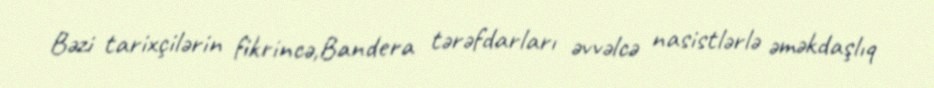
Bəzi tarixçilərin fikrincə,Bandera tərəfdarları əvvəlcə nasistlərlə əməkdaşlıq